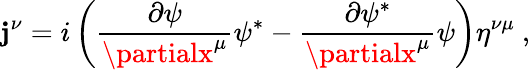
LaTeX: \mathbf{j}^{\nu}=i\left({\frac{{\partial\psi}}{{\partialx^{\mu}}}}\psi^{*}-{\frac{{\partial\psi^{*}}}{{\partialx^{\mu}}}}\psi\right)\eta^{\nu\mu}~,